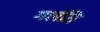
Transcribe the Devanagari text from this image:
गलंति